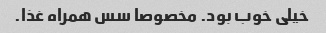
خیلی خوب بود. مخصوصا سس همراه غذا.